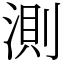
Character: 測